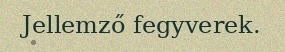
Jellemző fegyverek.